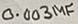
Text: 0.003µF